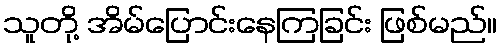
သူတို့ အိမ်ပြောင်းနေကြခြင်း ဖြစ်မည်။